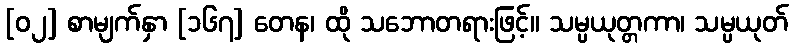
[၀၂] စာမျက်နှာ [၁၆၇] တေန၊ ထို သဘောတရားဖြင့်။ သမ္ပယုတ္တကာ၊ သမ္ပယုတ်